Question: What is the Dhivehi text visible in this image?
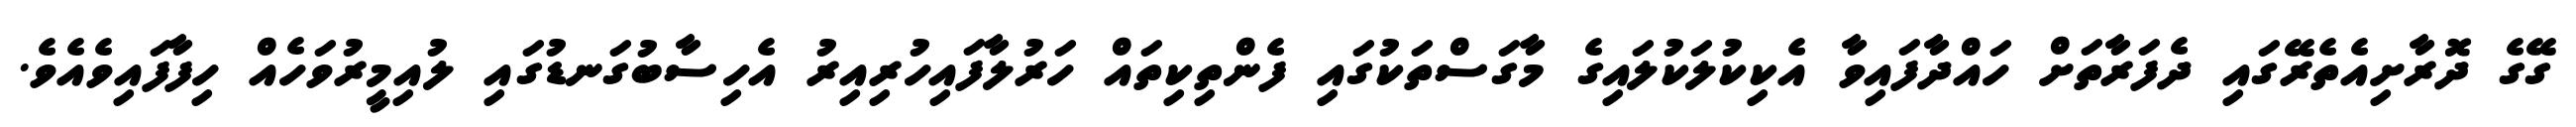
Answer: ގޭގެ ދޮރާށިއެތެރޭގައި ދެފަރާތަށް ހައްދާފައިވާ އެކިކުލަކުލައިގެ މާގަސްތަކުގައި ފެންތިކިތައް ހަރުލާފައިހުރިއިރު އެހިސާބުގަނޑުގައި ލުއިމީރުވަހެއް ހިފާފައިވެއެވެ.